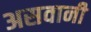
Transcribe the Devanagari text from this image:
असवानी